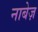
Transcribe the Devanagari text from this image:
नाबेज़